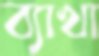
ব্যাখা